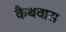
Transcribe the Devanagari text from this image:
कैथवास